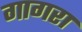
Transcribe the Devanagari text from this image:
गागरा